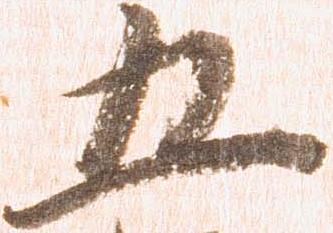
五